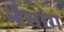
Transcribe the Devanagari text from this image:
म्हैसांग